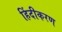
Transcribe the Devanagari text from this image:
हिंदीकरण